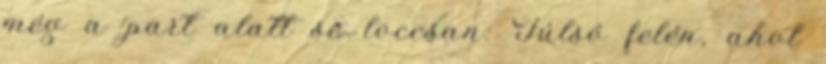
még a part alatt se loccsan: Túlsó felén, ahol